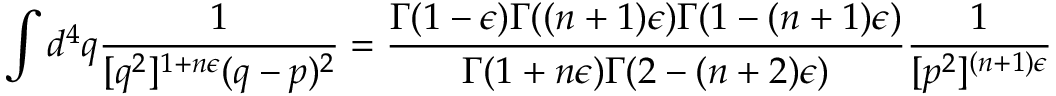
\int d ^ { 4 } q { \frac { 1 } { [ q ^ { 2 } ] ^ { 1 + n \epsilon } ( q - p ) ^ { 2 } } } = { \frac { \Gamma ( 1 - \epsilon ) \Gamma ( ( n + 1 ) \epsilon ) \Gamma ( 1 - ( n + 1 ) \epsilon ) } { \Gamma ( 1 + n \epsilon ) \Gamma ( 2 - ( n + 2 ) \epsilon ) } } { \frac { 1 } { [ p ^ { 2 } ] ^ { ( n + 1 ) \epsilon } } }